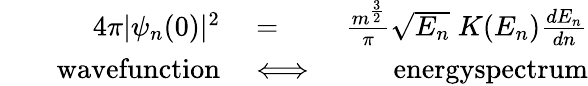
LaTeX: \begin{array}{rlr}{4\pi|\psi_{n}(0)|^{2}}&{{}=}&{\frac{m^{\frac{3}{2}}}{\pi}\sqrt{E_{n}}\; K(E_{n})\frac{dE_{n}}{dn}}\\ {\qquad\textrm{wavefunction}}&{{}\Longleftrightarrow}&{\qquad\textrm{energyspectrum}}\end{array}